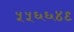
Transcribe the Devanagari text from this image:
५५६६४९